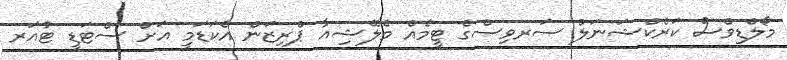
މޯލްޑިވްސް ކަރެކްޝަނަލް ސަރވިސްގެ ޓީމެއް މެލޭޝިއާ ޕްރިޒަން އެކަޑަމީ އަށް ސްޓަޑީ ޓުއަރ